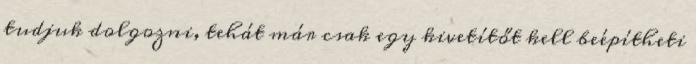
tudjuk dolgozni, tehát már csak egy kivetítőt kell beépítheti